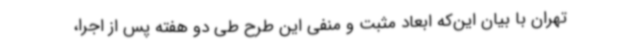
تهران با بیان این‌که ابعاد مثبت و منفی این طرح طی دو هفته پس از اجرا،